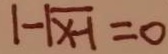
1 - \sqrt { x - 1 } = 0